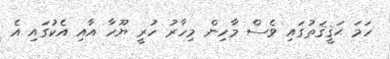
ހަމަ ޙަޤީޤަތުގައި ވެސް މާހިން މިހާރު ހުރީ ޔޫހާ އާއި އެކުގައި އެ